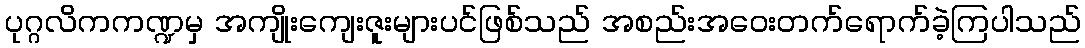
ပုဂ္ဂလိကကဏ္ဍမှ အကျိုးကျေးဇူးများပင်ဖြစ်သည် အစည်းအဝေးတက်ရောက်ခဲ့ကြပါသည်